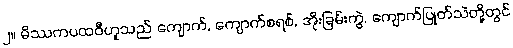
၂။ မိဿကပထဝီဟူသည် ကျောက်, ကျောက်စရစ်, အိုးခြမ်းကွဲ, ကျောက်ပြုတ်သဲတို့တွင်